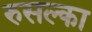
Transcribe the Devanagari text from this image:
रुसल्का